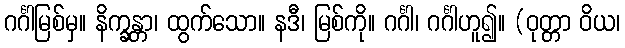
ဂင်္ဂါမြစ်မှ။ နိက္ခန္တာ၊ ထွက်သော။ နဒီ၊ မြစ်ကို။ ဂင်္ဂါ၊ ဂင်္ဂါဟူ၍။ (ဝုတ္တာ ဝိယ၊